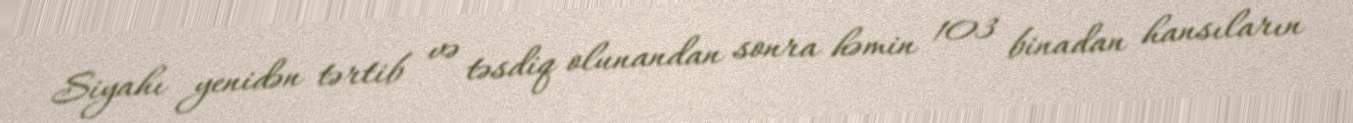
Siyahı yenidən tərtib və təsdiq olunandan sonra həmin 103 binadan hansıların